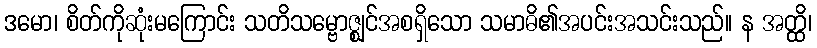
ဒမော၊ စိတ်ကိုဆုံးမကြောင်း သတိသမ္ဗောဇ္ဈင်အစရှိသော သမာဓိ၏အပင်းအသင်းသည်။ န အတ္ထိ၊